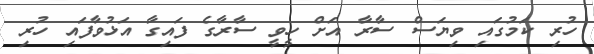
ހުރި ކަމުގައި ވިޔަސް ސާރާ އަށް ހީވީ ސާރާގެ ފައިގާ އަޅުވާފައި ހުރި